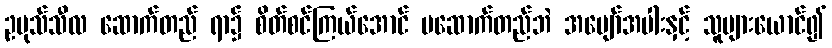
ဥပုသ်သီလ ဆောက်တည် ရာ၌ စိတ်စင်ကြယ်အောင် မဆောက်တည်ဘဲ အပျော်အပါးနှင့် သူများယောင်၍